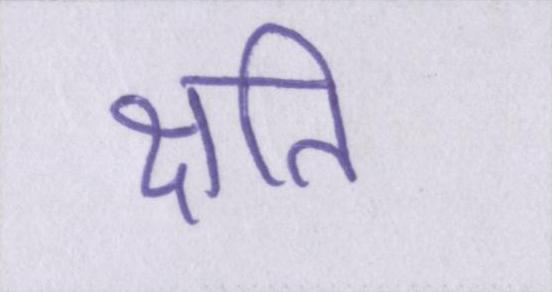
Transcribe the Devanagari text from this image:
क्षति